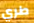
طري